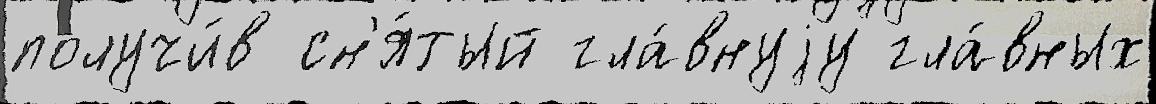
получи́в сн'я́тый гла́внуjу гла́вных